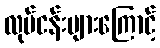
လုပ်ငန်းများကြောင့်